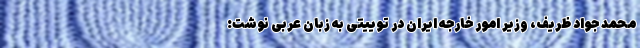
محمد جواد ظریف، وزیر امور خارجه ایران در توییتی به زبان عربی نوشت: